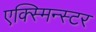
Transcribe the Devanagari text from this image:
एक्स्मिन्स्टर